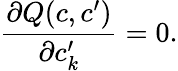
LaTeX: \frac{\partial Q(c,c^{\prime})}{\partial c_{k}^{\prime}}=0.